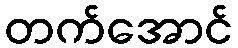
တက်အောင်